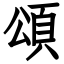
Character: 頌